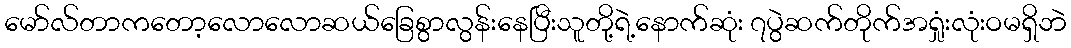
မော်လ်တာကတော့လောလောဆယ်ခြေစွာလွန်းနေပြီးသူတို့ရဲ့နောက်ဆုံး ၇ပွဲဆက်တိုက်အရှုံးလုံးဝမရှိဘဲ